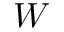
W